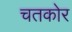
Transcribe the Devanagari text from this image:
चतकोर